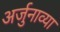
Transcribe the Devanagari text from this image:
अर्जुनाव्या